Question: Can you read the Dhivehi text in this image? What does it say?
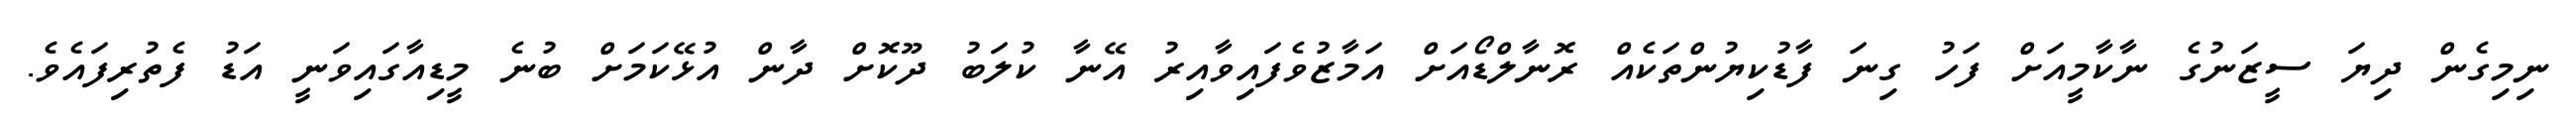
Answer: ނިމިގެން ދިޔަ ސީޒަނުގެ ނާކާމީއަށް ފަހު ގިނަ ފާޑުކިޔުންތަކެއް ރޮނާލްޑޯއަށް އަމާޒުވެފައިވާއިރު އޭނާ ކުލަބު ދޫކޮށް ދާން އުޅޭކަމަށް ބުނެ މީޑިއާގައިވަނީ އަޑު ފެތުރިފައެވެ.